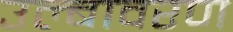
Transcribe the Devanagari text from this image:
उल्बावरण